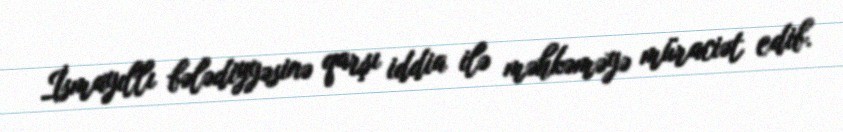
İsmayıllı bələdiyyəsinə qarşı iddia ilə məhkəməyə müraciət edib.